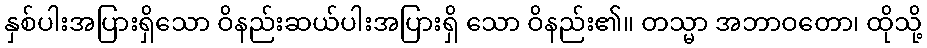
နှစ်ပါးအပြားရှိသော ဝိနည်းဆယ်ပါးအပြားရှိ သော ဝိနည်း၏။ တသ္မာ အဘာဝတော၊ ထိုသို့